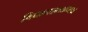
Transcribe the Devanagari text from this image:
विधानसभाध्यक्ष